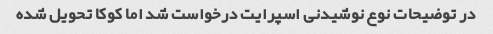
در توضیحات نوع نوشیدنی اسپرایت درخواست شد اما کوکا تحویل شده